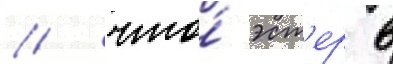
/ что́ эст'ер в